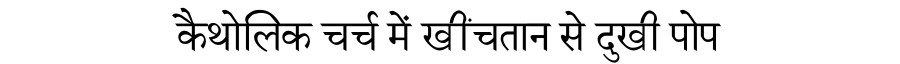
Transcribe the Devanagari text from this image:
कैथोलिक चर्च में खींचतान से दुखी पोप